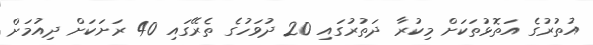
އުތުރުގެ އަތޮޅުތަކަށް މިކުރާ ދަތުރުގައި 20 ދުވަހުގެ ތެރޭގައި 40 ރަށަކަށް ދިއުމަށް